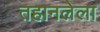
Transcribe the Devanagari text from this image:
तहानलेला